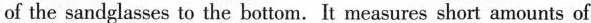
of the sandglasses to the bottom. It measures short amounts of